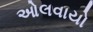
ઓલવાયો